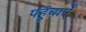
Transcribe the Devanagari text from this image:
पहुंचाऐँ